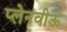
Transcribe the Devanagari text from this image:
प्लेनवीऊ